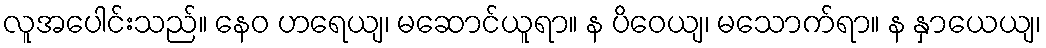
လူအပေါင်းသည်။ နေဝ ဟရေယျ၊ မဆောင်ယူရာ။ န ပိဝေယျ၊ မသောက်ရာ။ န နှာယေယျ၊